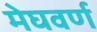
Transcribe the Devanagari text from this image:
मेघवर्ण